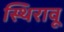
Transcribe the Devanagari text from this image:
स्थिरावू